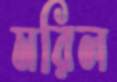
মরিল